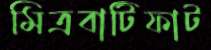
মিত্রবাটিফাট